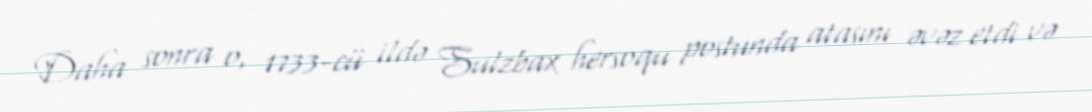
Daha sonra o, 1733-cü ildə Sulzbax hersoqu postunda atasını əvəz etdi və